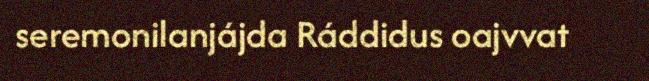
seremonilanjájda Ráddidus oajvvat